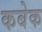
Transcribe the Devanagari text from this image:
कबेक